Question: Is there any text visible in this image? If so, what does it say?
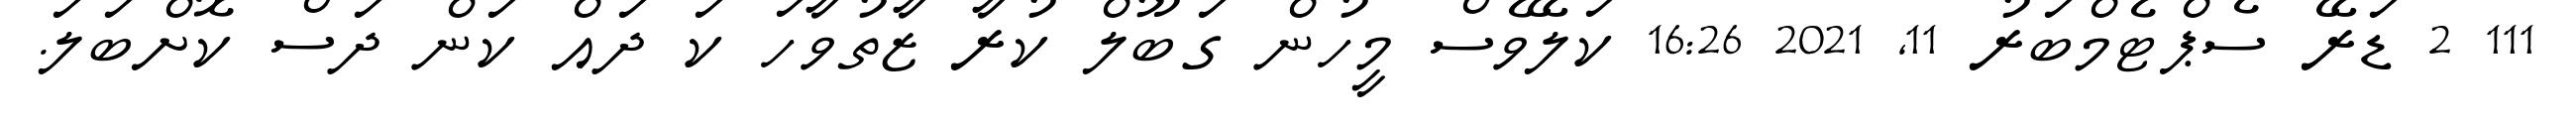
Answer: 111 2 ޑަރޭ ސެޕްޓެމްބަރު 11, 2021 16:26 ކަލޭވެސް މީހުން ގަބޫލް ކުރާ ޒާތުވާހަ ކަ ދައް ކަން ދަސް ކޮށްބަލަ.